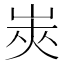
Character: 𰎟